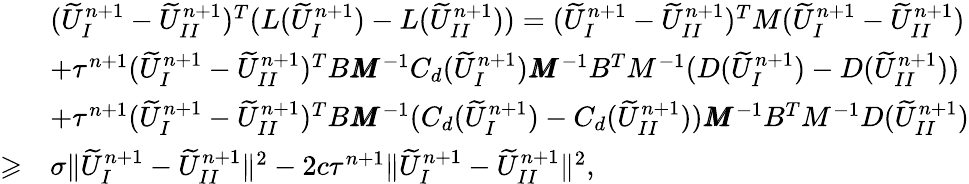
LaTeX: \begin{array}{rl}&{(\widetilde{U}_{I}^{n+1}-\widetilde{U}_{II}^{n+1})^{T}(L(\widetilde{U}_{I}^{n+1})-L(\widetilde{U}_{II}^{n+1}))=(\widetilde{U}_{I}^{n+1}-\widetilde{U}_{II}^{n+1})^{T}M(\widetilde{U}_{I}^{n+1}-\widetilde{U}_{II}^{n+1})}\\ &{+\tau^{n+1}(\widetilde{U}_{I}^{n+1}-\widetilde{U}_{II}^{n+1})^{T}B\pmb{M}^{-1}C_{d}(\widetilde{U}_{I}^{n+1})\pmb{M}^{-1}B^{T}M^{-1}(D(\widetilde{U}_{I}^{n+1})-D(\widetilde{U}_{II}^{n+1}))}\\ &{+\tau^{n+1}(\widetilde{U}_{I}^{n+1}-\widetilde{U}_{II}^{n+1})^{T}B\pmb{M}^{-1}(C_{d}(\widetilde{U}_{I}^{n+1})-C_{d}(\widetilde{U}_{II}^{n+1}))\pmb{M}^{-1}B^{T}M^{-1}D(\widetilde{U}_{II}^{n+1})}\\ {\geqslant}&{\sigma\| \widetilde{U}_{I}^{n+1}-\widetilde{U}_{II}^{n+1}\| ^{2}-2c\tau^{n+1}\| \widetilde{U}_{I}^{n+1}-\widetilde{U}_{II}^{n+1}\| ^{2},}\end{array}